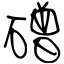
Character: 磳